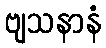
ဗျသနာနံ